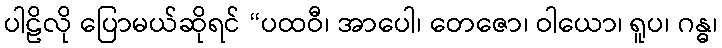
ပါဠိလို ပြောမယ်ဆိုရင် “ပထဝီ၊ အာပေါ၊ တေဇော၊ ဝါယော၊ ရူပ၊ ဂန္ဓ၊